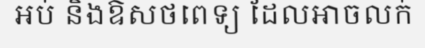
អប់ និងឱសថពេទ្យ ដែលអាចលក់